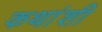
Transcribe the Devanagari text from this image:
कथांशी